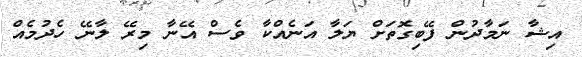
އިޝާ ނަމާދުން ފޭބިގޮތަށް ޔަލާ އަނެއްކާ ވެސް އޭނާ މިރޭ ލާނޭ ހެދުމެއް